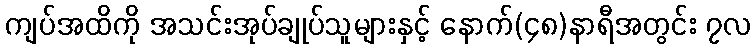
ကျပ်အထိကို အသင်းအုပ်ချုပ်သူများနှင့် နောက်(၄၈)နာရီအတွင်း ၇လ